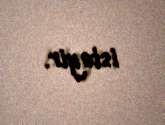
istəyir.